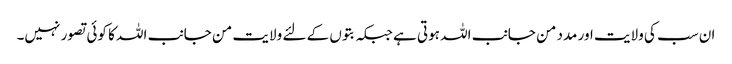
ان سب کی ولایت اور مدد من جانب اللہ ہوتی ہے جبکہ بتوں کے لئے ولایت من جانب اللہ کا کوئی تصور نہیں۔